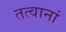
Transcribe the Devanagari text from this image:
तत्वानां